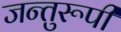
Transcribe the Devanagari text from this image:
जन्तुरूपी